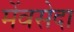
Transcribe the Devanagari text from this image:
मेंवसेदा